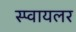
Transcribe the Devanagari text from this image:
स्प्वायलर